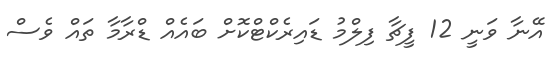
އޭނާ ވަނީ 12 ފީޗާ ފިލްމު ޑައިރެކްޓްކޮށް ބައެއް ޑްރާމާ ތައް ވެސް